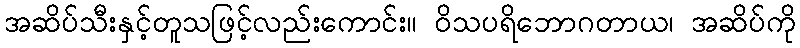
အဆိပ်သီးနှင့်တူသဖြင့်လည်းကောင်း။ ဝိသပရိဘောဂတာယ၊ အဆိပ်ကို